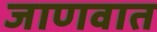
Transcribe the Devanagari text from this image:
जाणवात